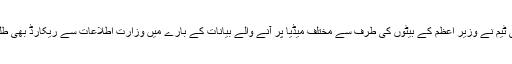
سپریم کورٹ کے حکم پر پاناما لیکس سے متعلق وزیر اعظم اور ان کے بیٹوں کے خلاف تحقیقات کرنے والی ٹیم نے وزیر اعظم کے بیٹوں کی طرف سے مختلف میڈیا پر آنے والے بیانات کے بارے میں وزارت اطلاعات سے ریکارڈ بھی طلب کرلیا ہے جبکہ اس سے پہلے اثاثوں کی چھان بین کے لیے ایف بی آر سے بھی ریکارڈ حاصل کیا گیا ہے۔